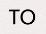
TO